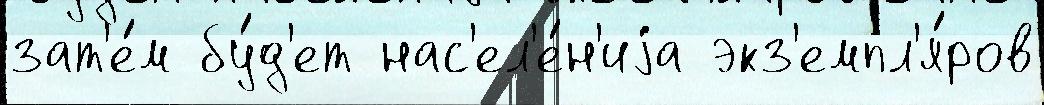
зат'е́м бу́д'ет нас'ел'е́н'иjа экз'емпл'я́ров